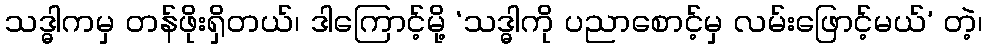
သဒ္ဓါကမှ တန်ဖိုးရှိတယ်၊ ဒါကြောင့်မို့ ‘သဒ္ဓါကို ပညာစောင့်မှ လမ်းဖြောင့်မယ်’ တဲ့၊